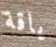
ياقة